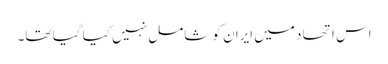
اس اتحاد میں ایران کو شامل نہیں کیا گیا تھا۔